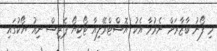
މި ފޯނު ބާޒާރަށް ނެރުމާ އެކު އޮސްޓްރޭލިއާ ޓޯކިޔޯ ޕެރިސް ނިއު ޔޯކުގައި